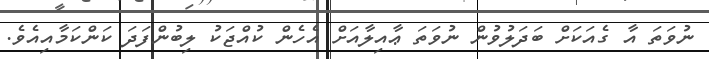
ނުވަތަ އާ ގެއަކަށް ބަދަލުވުން ނުވަތަ ޢާއިލާއަށް އެހެން ކުއްޖަކު ލިބުންފަދަ ކަންކަމާއިއެވެ.